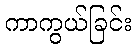
ကာကွယ်ခြင်း